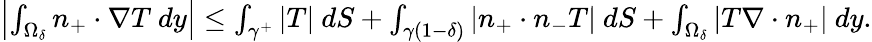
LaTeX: \begin{array}{r}{\left|\int_{\Omega_{\delta}}n_{+}\cdot\nabla T\ dy\right|\leq\int_{\gamma^{+}}|T|\ dS+\int_{\gamma(1-\delta)}|n_{+}\cdot n_{-}T|\ dS+\int_{\Omega_{\delta}}|T\nabla\cdot n_{+}|\ dy.}\end{array}